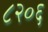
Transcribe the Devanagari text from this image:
८२०६